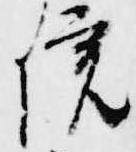
院